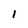
Character: 1